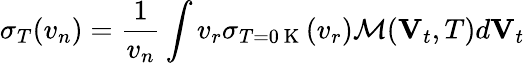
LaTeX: \sigma_{T}(v_{n})=\frac{1}{v_{n}}\int v_{r}\sigma_{T=0\mathrm{~K~}}(v_{r})\mathcal{M}(\mathbf{V}_{t},T)d\mathbf{V}_{t}